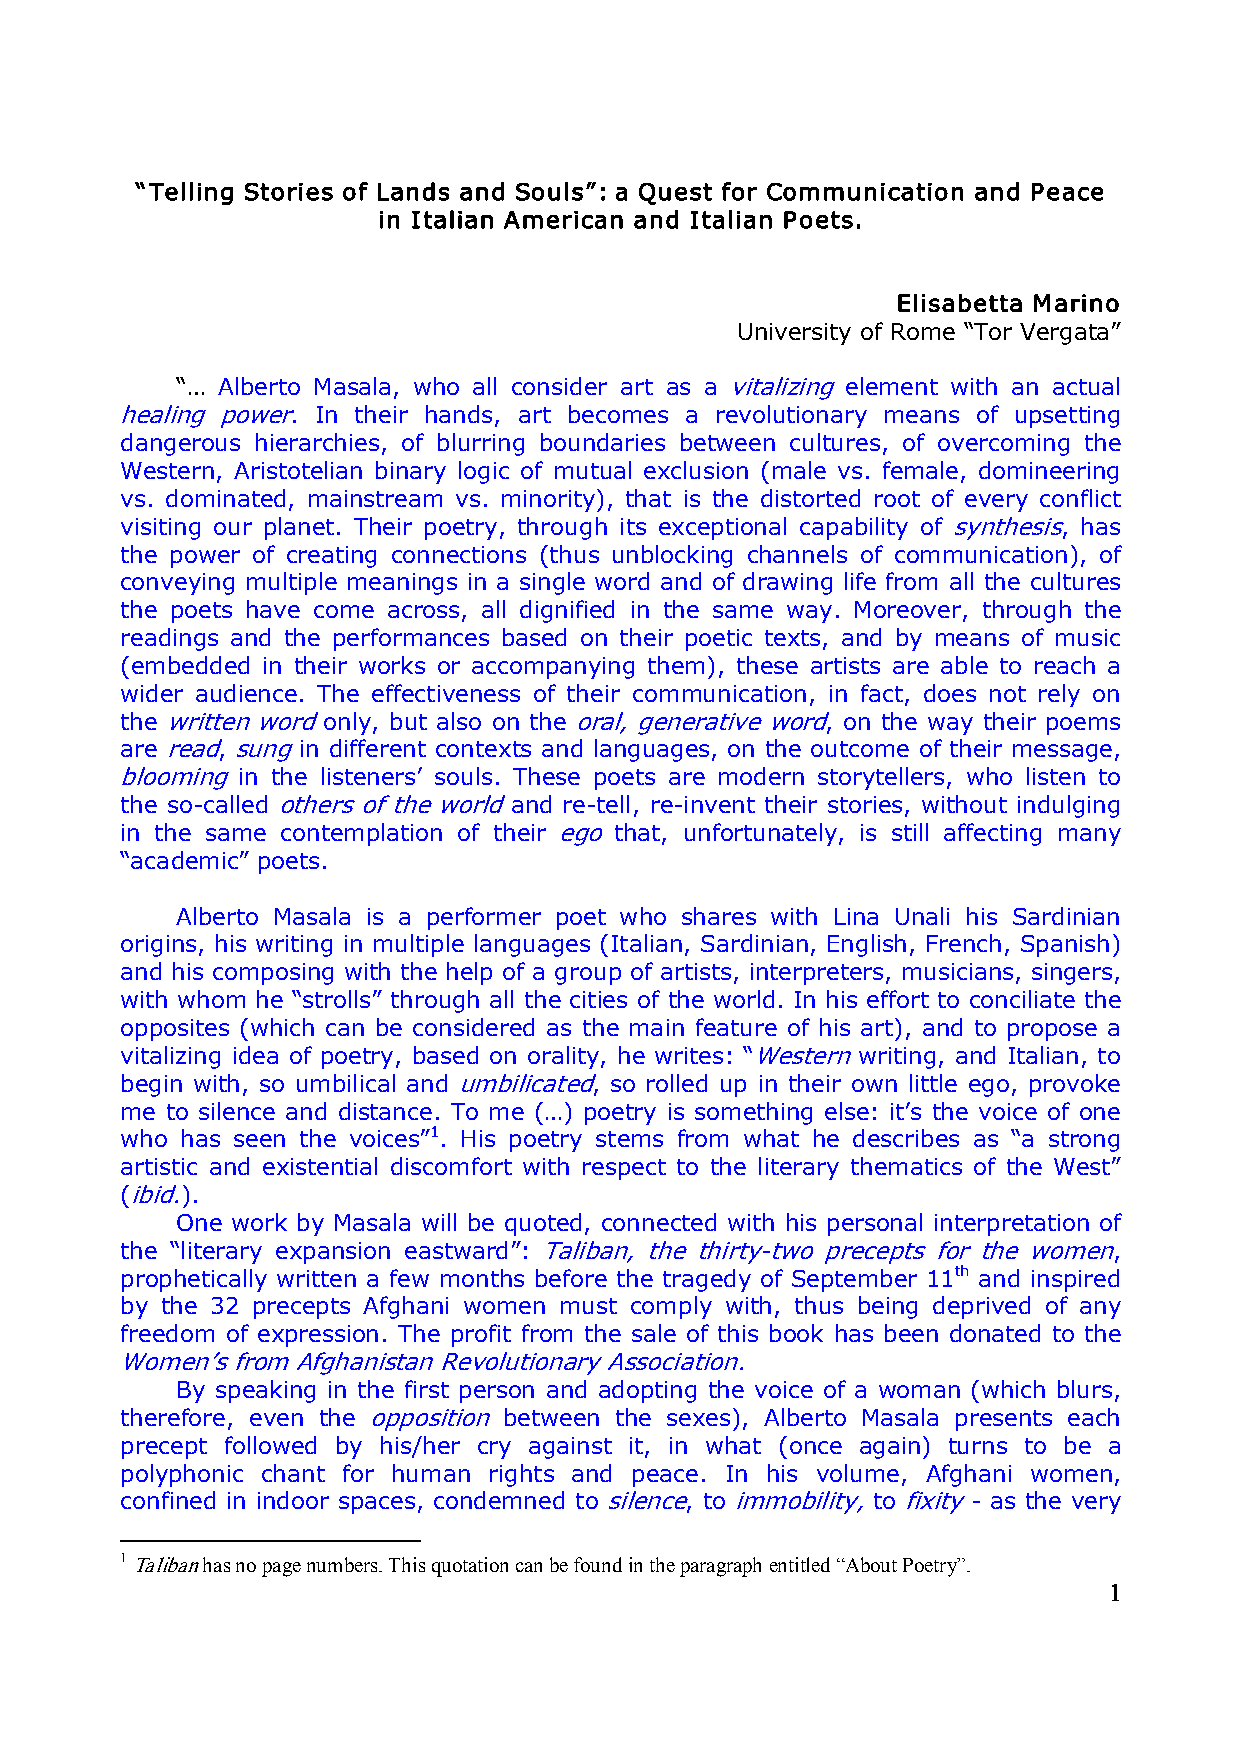
“Telling Stories of Lands and Souls”: a Quest for Communication and Peace
 in Italian American and Italian Poets.
 Elisabetta Marino
 University of Rome “Tor Vergata”
 “… Alberto Masala, who all consider art as a vitalizing element with an actual
 healing power. In their hands, art becomes a revolutionary means of upsetting
 dangerous hierarchies, of blurring boundaries between cultures, of overcoming the
 Western, Aristotelian binary logic of mutual exclusion (male vs. female, domineering
 vs. dominated, mainstream vs. minority), that is the distorted root of every conflict
 visiting our planet. Their poetry, through its exceptional capability of synthesis, has
 the power of creating connections (thus unblocking channels of communication), of
 conveying multiple meanings in a single word and of drawing life from all the cultures
 the poets have come across, all dignified in the same way. Moreover, through the
 readings and the performances based on their poetic texts, and by means of music
 (embedded in their works or accompanying them), these artists are able to reach a
 wider audience. The effectiveness of their communication, in fact, does not rely on
 the written word only, but also on the oral, generative word, on the way their poems
 are read, sung in different contexts and languages, on the outcome of their message,
 blooming in the listeners’ souls. These poets are modern storytellers, who listen to
 the so­called others of the world and re­tell, re­invent their stories, without indulging
 in the same contemplation of their ego that, unfortunately, is still affecting many
 “academic” poets.
 Alberto Masala is a performer poet who shares with Lina Unali his Sardinian
 origins, his writing in multiple languages (Italian, Sardinian, English, French, Spanish)
 and his composing with the help of a group of artists, interpreters, musicians, singers,
 with whom he “strolls” through all the cities of the world. In his effort to conciliate the
 opposites (which can be considered as the main feature of his art), and to propose a
 vitalizing idea of poetry, based on orality, he writes: “Western writing, and Italian, to
 begin with, so umbilical and umbilicated, so rolled up in their own little ego, provoke
 me to silence and distance. To me (…) poetry is something else: it’s the voice of one
 who has seen the voices”1 . His poetry stems from what he describes as “a strong
 artistic and existential discomfort with respect to the literary thematics of the West”
 (ibid.).
 One work by Masala will be quoted, connected with his personal interpretation of
 the “literary expansion eastward”: Taliban, the thirty­two precepts for the women,
 prophetically written a few months before the tragedy of September 11 th and inspired
 by the 32 precepts Afghani women must comply with, thus being deprived of any
 freedom of expression. The profit from the sale of this book has been donated to the
 Women’s from Afghanistan Revolutionary Association.
 By speaking in the first person and adopting the voice of a woman (which blurs,
 therefore, even the opposition between the sexes), Alberto Masala presents each
 precept followed by his/her cry against it, in what (once again) turns to be a
 polyphonic chant for human rights and peace. In his volume, Afghani women,
 confined in indoor spaces, condemned to silence, to immobility, to fixity ­ as the very
 1 Talibanhas no page numbers. This quotation can be found in the paragraph entitled “About Poetry”.
 1